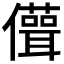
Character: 𠐪